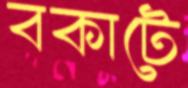
বকাটে